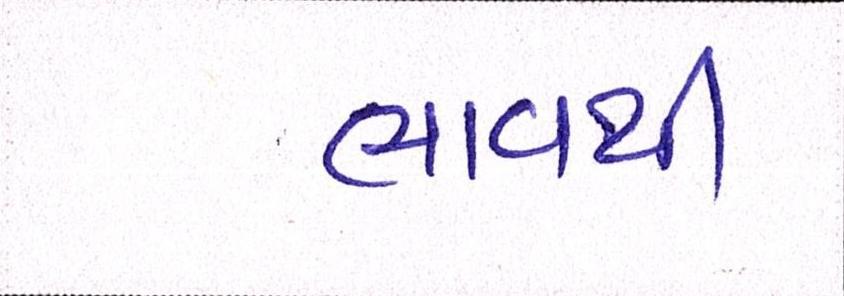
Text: ભાવથી